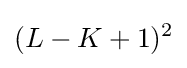
(L-K+1)^{2}